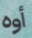
أوه